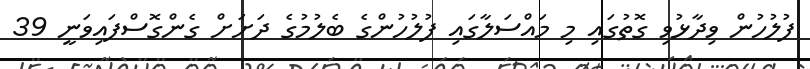
ފުލުހުން ވިދާޅުވި ގޮތުގައި މި މައްސަލާގައި ފުލުހުންގެ ބެލުމުގެ ދަށަށް ގެންގޮސްފައިވަނީ 39